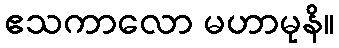
ဧသကာလော မဟာမုနိ။